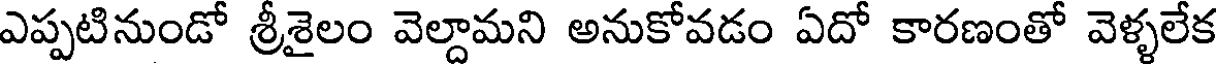
ఎప్పటినుండో శ్రీశైలం వెల్దామని అనుకోవడం ఏదో కారణంతో వెళ్ళలేక